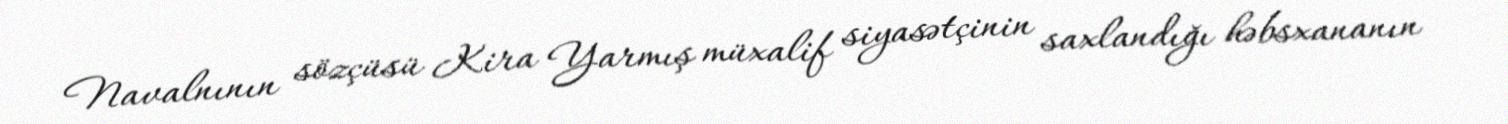
Navalnının sözçüsü Kira Yarmış müxalif siyasətçinin saxlandığı həbsxananın